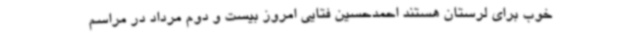
خوب برای لرستان هستند احمدحسین فتایی امروز بیست و دوم مرداد در مراسم